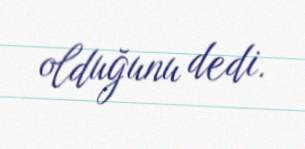
olduğunu dedi.